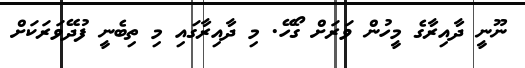
ނޫނީ ދާއިރާގެ މީހުން ވަރަށް ގޯހޭ. މި ދާއިރާގައި މި ތިބެނީ ފުދޭވަރަކަށް